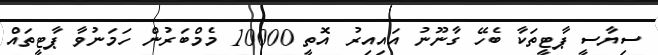
ސިޔާސީ ޕާޓީތަކާ ބެހޭ ގާނޫނު އައިއިރު އޮތީ 10000 މެމްބަރުން ހަމަނުވާ ޕާޓީތައް